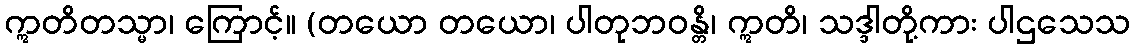
ဣတိတသ္မာ၊ ကြောင့်။ (တယော တယော၊ ပါတုဘဝန္တိ၊ ဣတိ၊ သဒ္ဒါတို့ကား ပါဌသေသ